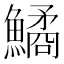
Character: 鱊